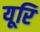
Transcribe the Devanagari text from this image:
यूरि